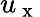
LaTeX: u_{\mathrm{~x~}}